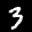
Label: 3